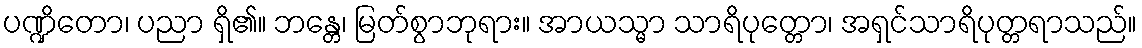
ပဏ္ဍိတော၊ ပညာ ရှိ၏။ ဘန္တေ၊ မြတ်စွာဘုရား။ အာယသ္မာ သာရိပုတ္တော၊ အရှင်သာရိပုတ္တရာသည်။